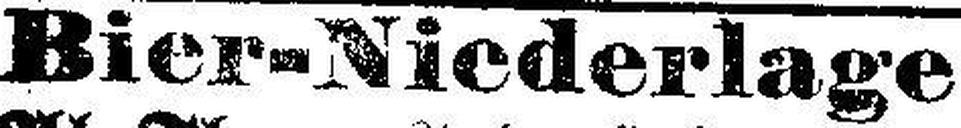
Bier-Niederlage